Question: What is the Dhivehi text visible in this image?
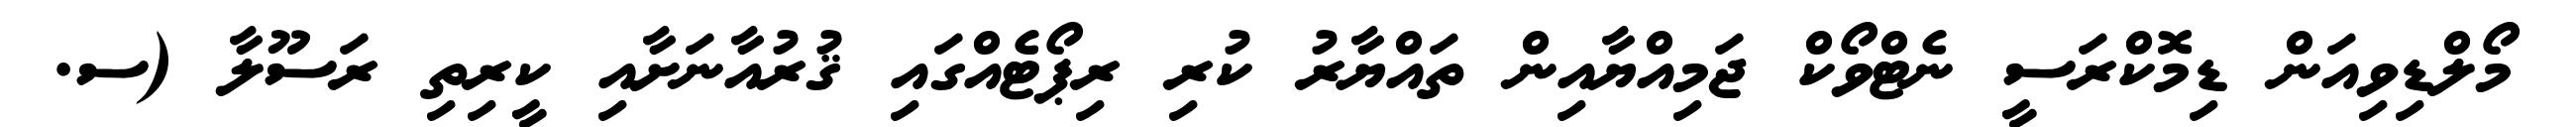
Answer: މޯލްޑިވިއަން ޑިމޮކްރަސީ ނެޓްވޯކް ޖަމިއްޔާއިން ތައްޔާރު ކުރި ރިޕޯޓެއްގައި ޤުރުއާނަށާއި ކީރިތި ރަސޫލާ (ސ.